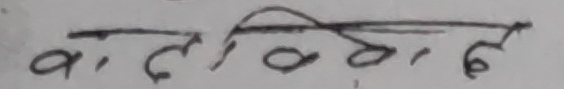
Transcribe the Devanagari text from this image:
व, ल कि, द